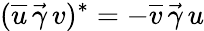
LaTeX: (\overline{{u}}\, \vec{\gamma}\, v)^{*}=-\overline{{v}}\, \vec{\gamma}\, u